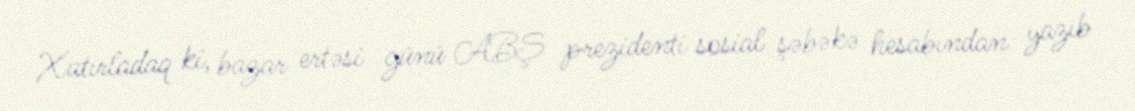
Xatırladaq ki, bazar ertəsi günü ABŞ prezidenti sosial şəbəkə hesabından yazıb